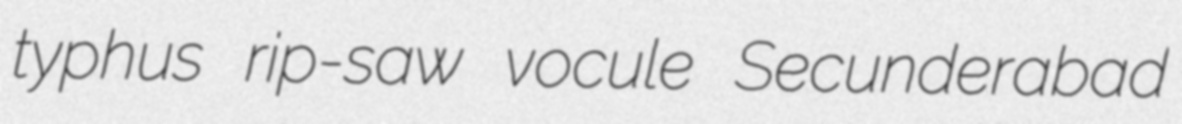
typhus rip-saw vocule Secunderabad